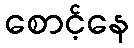
စောင့်နေ